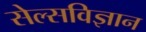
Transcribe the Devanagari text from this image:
सेल्सविज्ञान